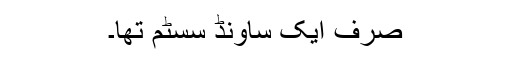
صرف ایک ساونڈ سسٹم تھا۔